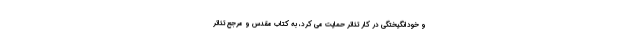
و خودانگیختگی در کار تئاتر حمایت می کرد، به کتاب مقدس و مرجع تئاتر